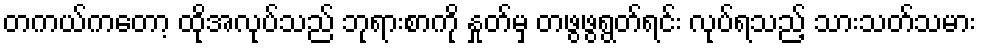
တကယ်ကတော့ ထိုအလုပ်သည် ဘုရားစာကို နှုတ်မှ တဖွဖွရွတ်ရင်း လုပ်ရသည့် သားသတ်သမား